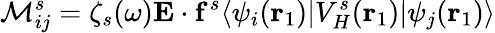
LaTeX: \mathcal{M}_{ij}^{s}=\zeta_{s}(\omega)\mathbf{E}\cdot\mathbf{f}^{s}\langle\psi_{i}(\mathbf{r}_{1})|V_{H}^{s}(\mathbf{r}_{1})|\psi_{j}(\mathbf{r}_{1})\rangle